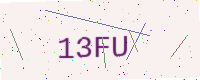
Text: 13FU